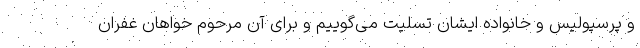
و پرسپولیس و خانواده ایشان تسلیت می‌گوییم و برای آن مرحوم خواهان غفران